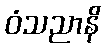
ဝံသညာနိ